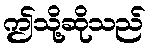
ဤသို့ဆိုသည်